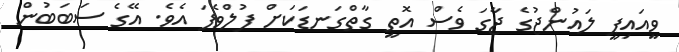
ވީއައިޕީ ލައުންޖުގެ ޖާގަ ވެސް އޮތީ ގާތްގަނޑަކަށް ފުލްވެފަ އެވެ. އޭގެ ސަބަބުން